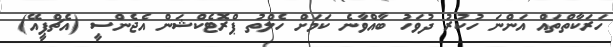
ހަރަކާތްތައް އަންނަ ހުކުރު ދުވަހު ބާއްވާނެ ކަމަށް ހެލްތު ޕްރޮޓެކްޝަން އެޖެންސީ (އެޗްޕީއޭ)